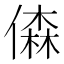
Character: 𠎊